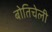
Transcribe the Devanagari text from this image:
बोतिचेली